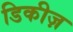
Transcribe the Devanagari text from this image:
डिकीज़